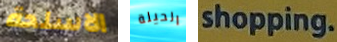
الاسلحة الحيلة shopping